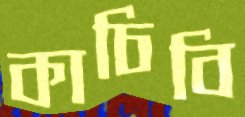
কাচিবি